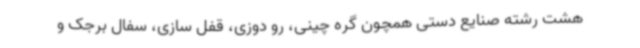
هشت رشته صنایع دستی همچون گره چینی، رو دوزی، قفل سازی، سفال برجک و